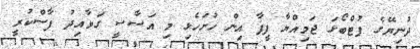
ދުނިޔޭގެ ފުޓްބޯޅަ ޖަމިއްޔާ ފީފާ އިން ހުށަހެޅި މި އަސާސީ ގަވާއިދު ފާސްކުރީ